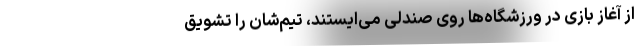
از آغاز بازی در ورزشگاه‌ها روی صندلی می‌ایستند، تیم‌شان را تشویق